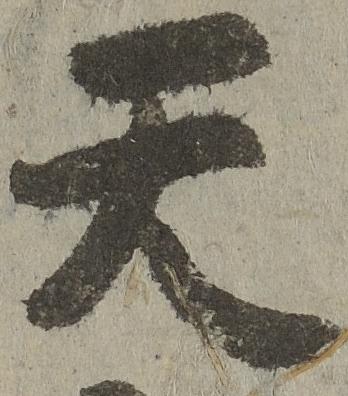
天